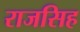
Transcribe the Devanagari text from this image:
राजसिह